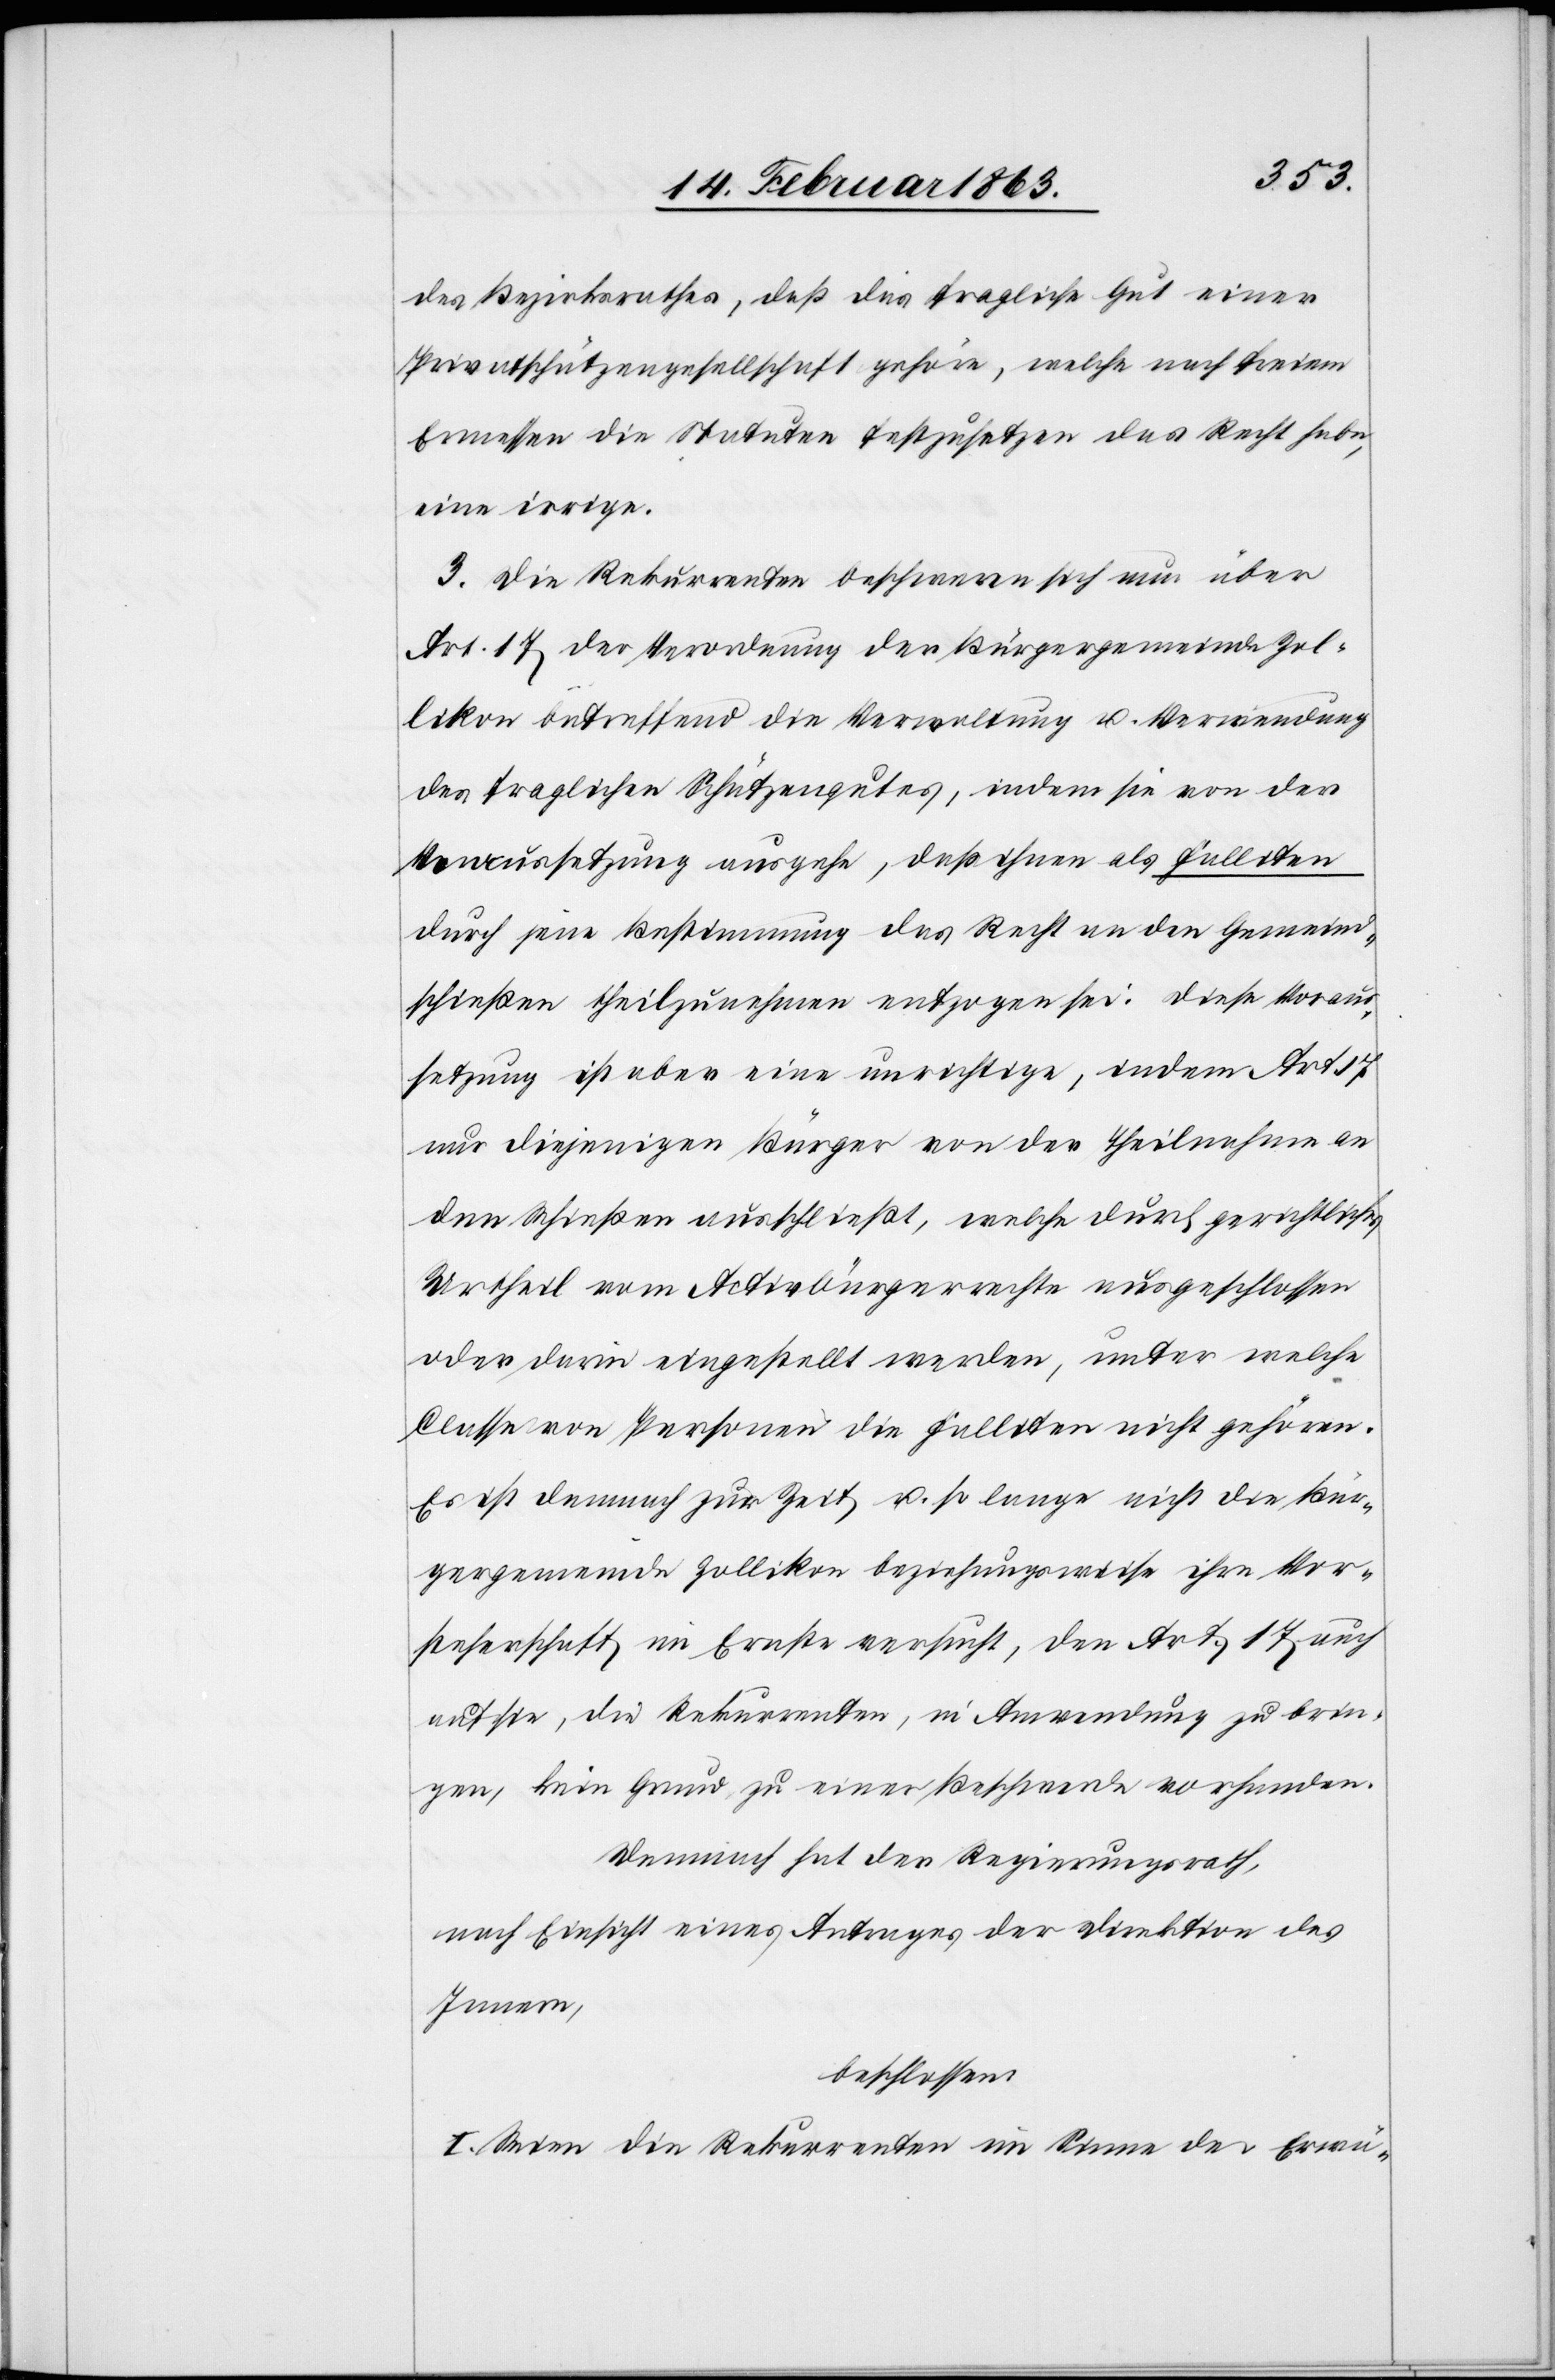
des Bezirksrathes, daß das fragliche Gut einer
Privatschützengesellschaft gehöre, welche nach freiem
Ermessen die Statuten festzusetzen das Recht habe,
eine irrige.
3. Die Rekurrenten beschweren sich nun über
Art. 17 der Verordnung der Bürgergemeinde Zol¬
likon betreffend die Verwaltung u. Verwendung
des fraglichen Schützengutes, indem sie von der
V[?ora]ussetzung ausgehe, daß ihnen als Falliten
durch jene Bestimmung das Recht an den Gemeind¬
schießen theilzunehmen entzogen sei. Diese Voraus¬
setzung ist aber eine unrichtige, indem Art. 17
nur diejenigen Bürger von der Theilnahme an
dem Schießen ausschließt, welche durch gerichtliches
Urtheil vom Activbürgerrechte ausgeschlossen
oder darin eingestellt werden, unter welche
Classe von Personen die Falliten nicht gehören.
Es ist demnach zur Zeit u. so lange nicht die Bür¬
gergemeinde Zollikon beziehungsweise ihre Vor¬
steherschaft im Ernste versucht, den Art. 17 auch
auf sie, die Rekurrenten, in Anwendung zu brin¬
gen, kein Grund zu einer Beschwerde vorhanden.
Demnach hat der Regierungsrath,
nach Einsicht eines Antrages der Direktion des
Innern,
beschlossen:
I. Seien die Rekurrenten im Sinne der Erwä-